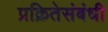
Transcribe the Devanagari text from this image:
प्रक्रितेसंबंधी